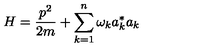
H = \frac { p ^ { 2 } } { 2 m } + \sum _ { k = 1 } ^ { n } \omega _ { k } a _ { k } ^ { * } a _ { k }